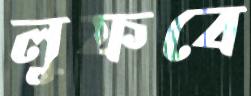
লুফবে